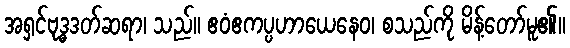
အရှင်ဗုဒ္ဓဒတ်ဆရာ၊ သည်။ ဧဝံဧကပ္ပဟာယေနေဝ၊ စသည်ကို မိန့်တော်မူ၏။